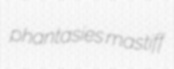
phantasies mastiff